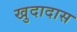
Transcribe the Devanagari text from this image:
खुदादास